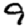
Digit: 9